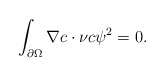
\begin{align*}\int_{\partial\Omega }\nabla c\cdot\nu c\psi^{2}=0.\end{align*}